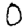
Digit: 0